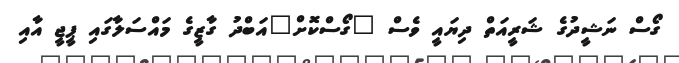
ގޯސް ނަޝީދުގެ ޝަރީއަތް ދިޔައީ ވެސް "ގޯސްކޮށް"އަބްދު ގާޒީގެ މައްސަލާގައި ޕީޖީ އާއި